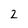
Character: 2